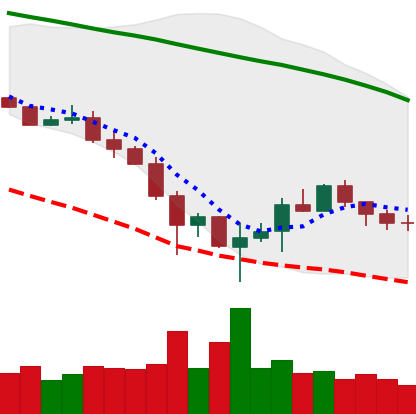
Ticker: BTC-USD
Chart end date: 2019-12-03
Forward return: 3.336%
Label: up_3_5